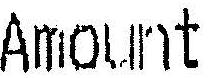
AMOUNT